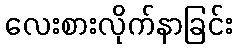
လေးစားလိုက်နာခြင်း